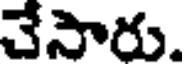
చేసారు.